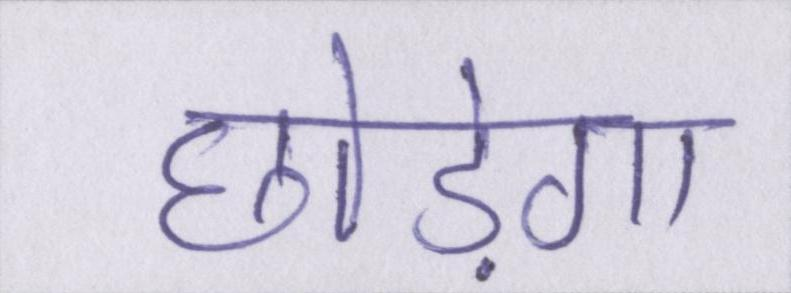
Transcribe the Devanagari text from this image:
छोड़ेगा